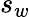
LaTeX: s_{w}